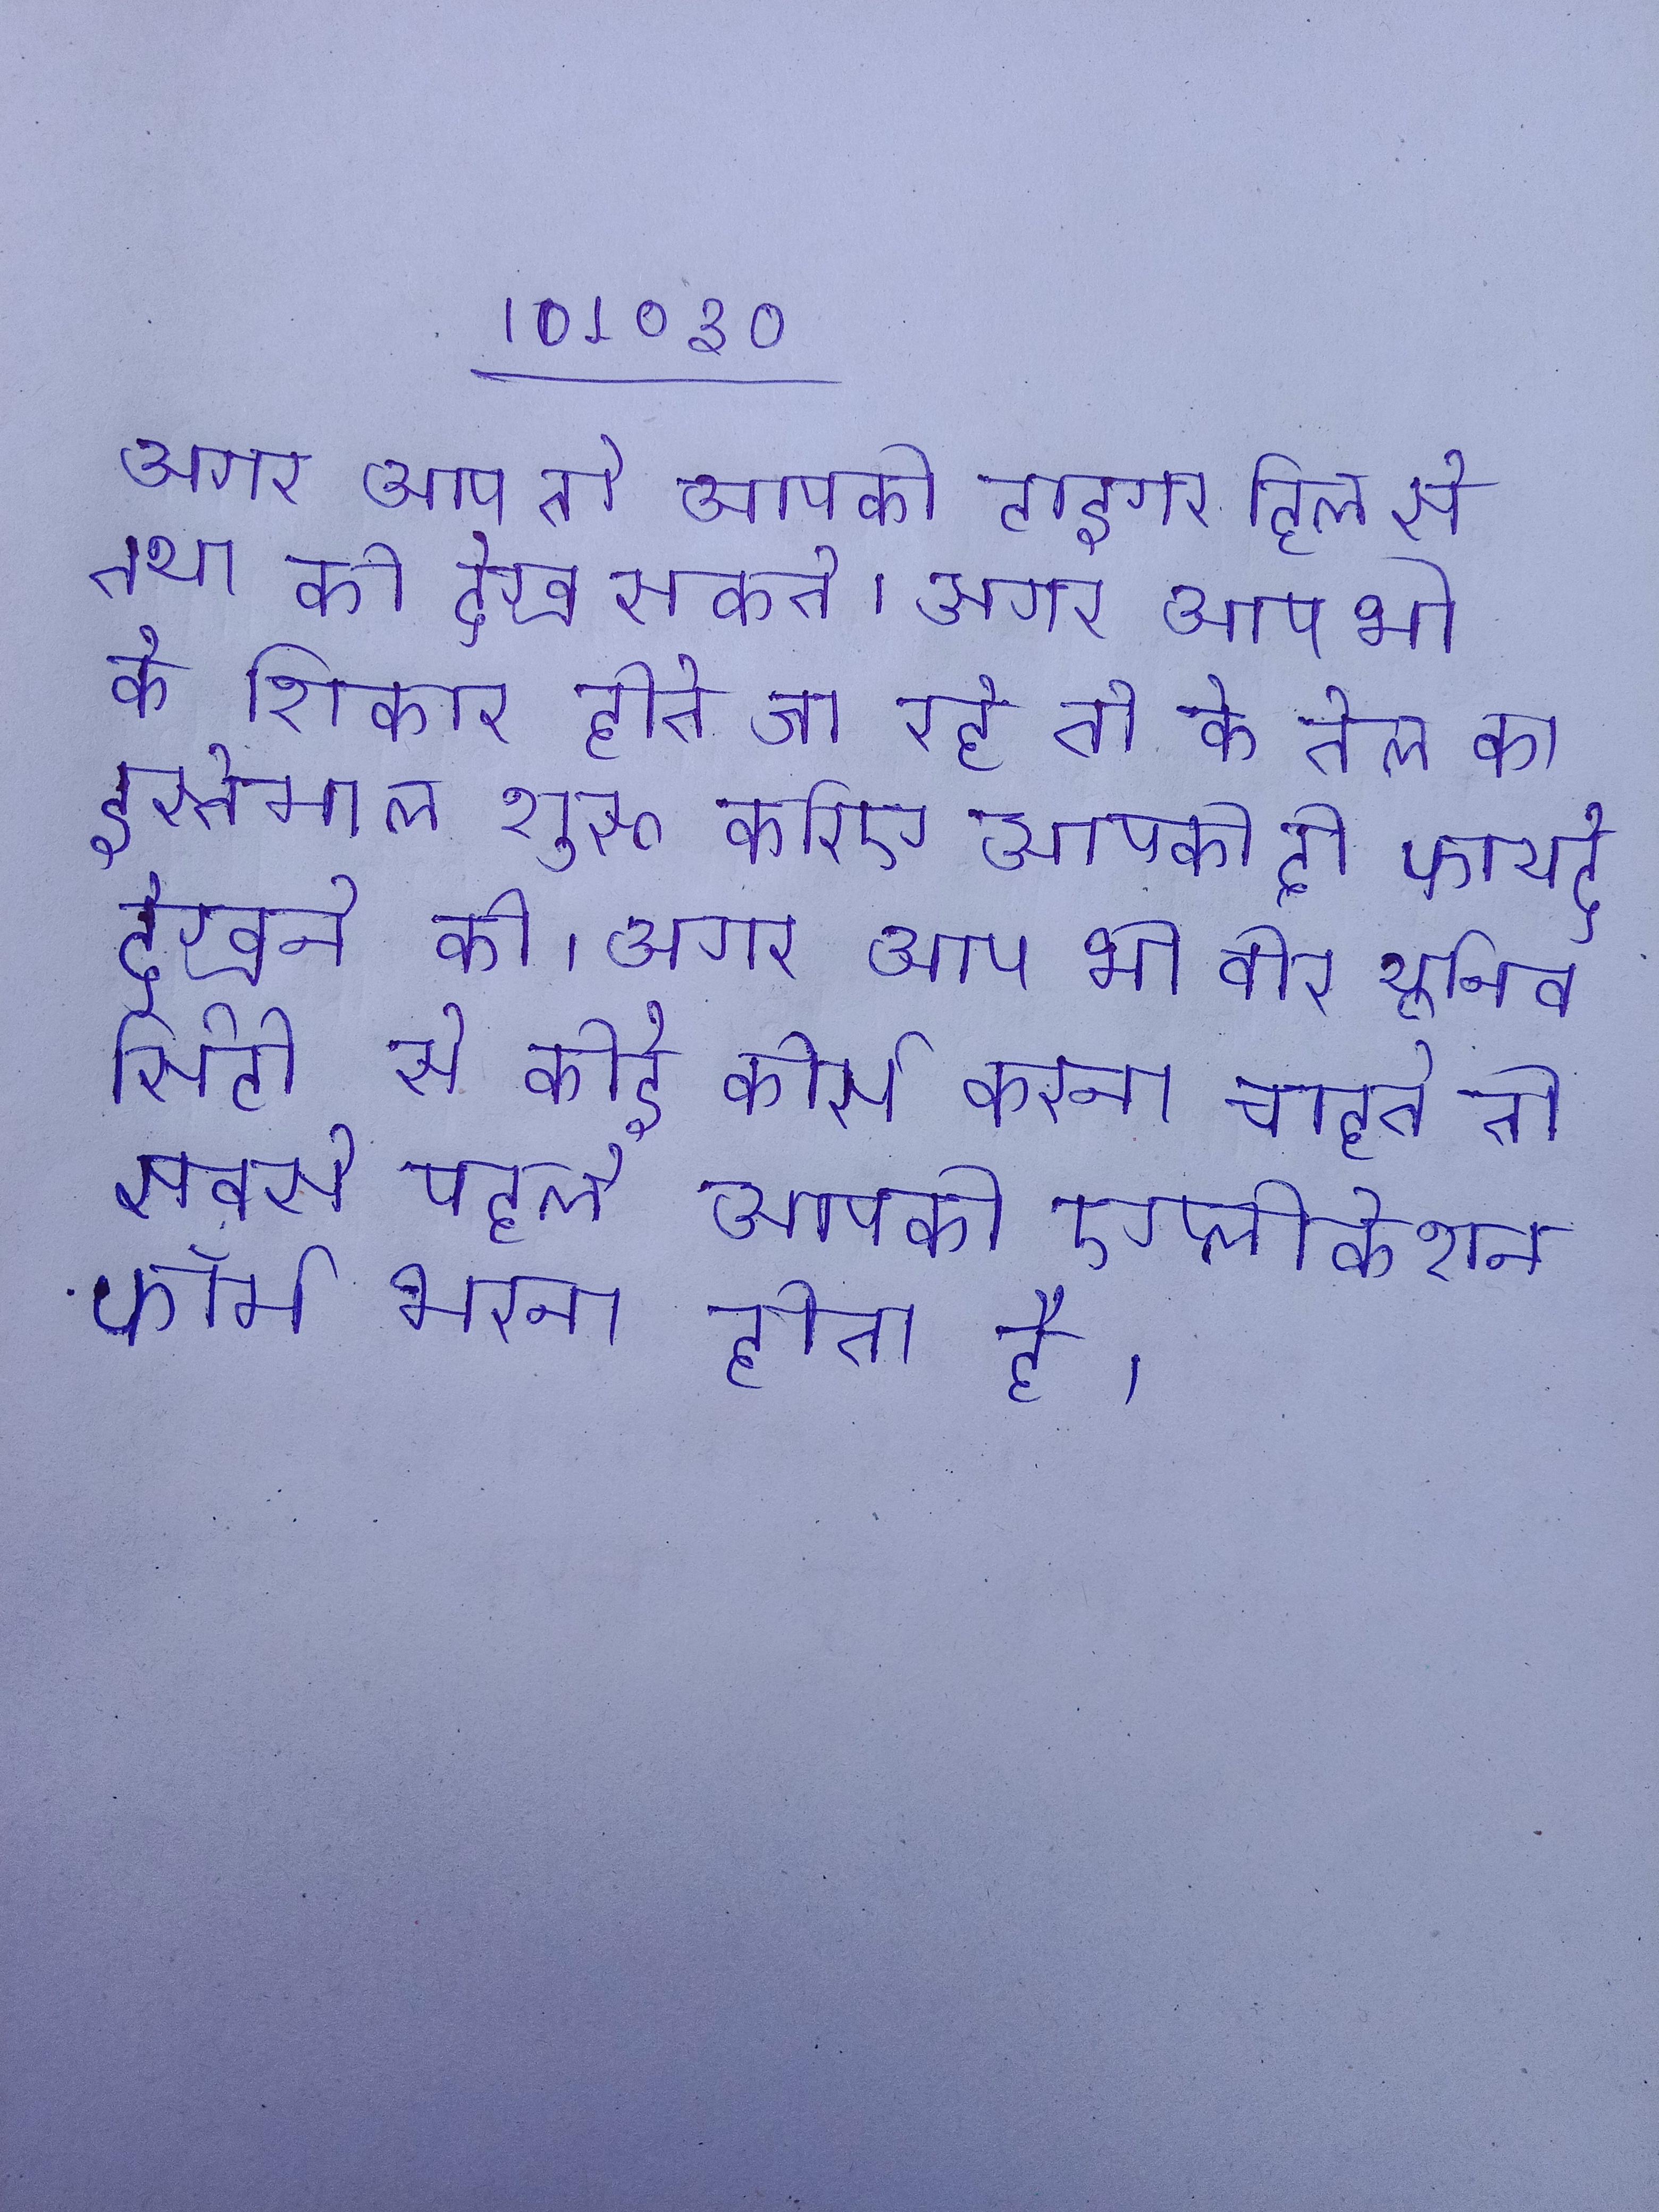
अगर आप तो आपको टाइगर हिल से तथा को देख सकते । अगर आप भी के शिकार होते जा रहे तो के तेल का इस्तेमाल शुरू करिए आपको दो फायदे देखने को । अगर आप भी वीर यूनिवर्सिटी से कोई कोर्स करना चाहते तो सबसे पहले आपको एप्लीकेशन फॉर्म भरना होता है ।